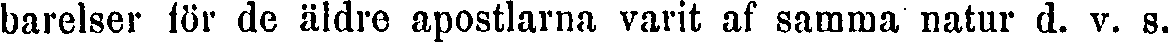
barelser för de äldre apostlarna varit af samma natur d. v. s.